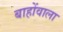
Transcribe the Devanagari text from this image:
बाहोंवाला